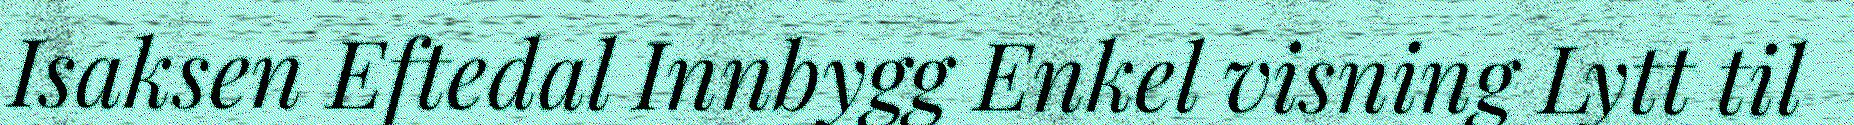
Isaksen Eftedal Innbygg Enkel visning Lytt til